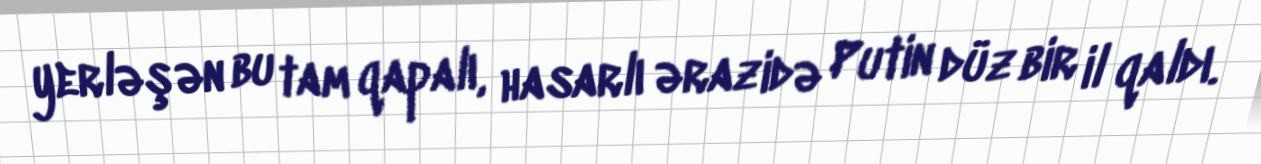
yerləşən bu tam qapalı, hasarlı ərazidə Putin düz bir il qaldı.